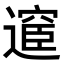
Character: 𮟇